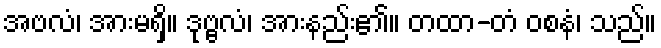
အဗလံ၊ အားမရှိ။ ဒုဗ္ဗလံ၊ အားနည်း၏။ တထာ-တံ ဝစနံ၊ သည်။